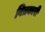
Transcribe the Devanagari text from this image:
वित्रकारी